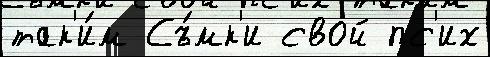
так'и́м Съ́мк'и свой пс'их